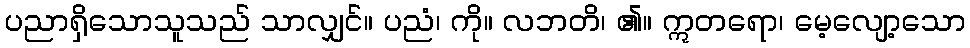
ပညာရှိသောသူသည် သာလျှင်။ ပညံ၊ ကို။ လဘတိ၊ ၏။ ဣတရော၊ မေ့လျော့သော